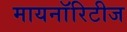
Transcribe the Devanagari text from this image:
मायनाॅरिटीज